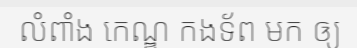
លំពាំង កេណ្ឌ កងទ័ព មក ឲ្យ